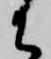
御